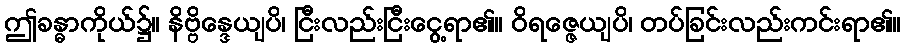
ဤခန္ဓာကိုယ်၌။ နိဗ္ဗိန္ဒေယျပိ၊ ငြီးလည်းငြီးငွေ့ရာ၏။ ဝိရဇ္ဇေယျပိ၊ တပ်ခြင်းလည်းကင်းရာ၏။